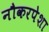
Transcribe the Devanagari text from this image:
नौकरपेशा